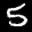
Label: 5